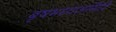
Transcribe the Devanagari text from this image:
बृषभध्वजगिरि